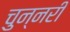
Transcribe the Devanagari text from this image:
चुन्नरी